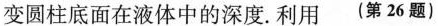
变圆柱底面在液体中的深度.利用 （第26题）